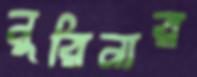
নুরিনার